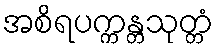
အစိရပက္ကန္တသုတ္တံ